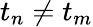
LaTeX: t_{n}\neq t_{m}